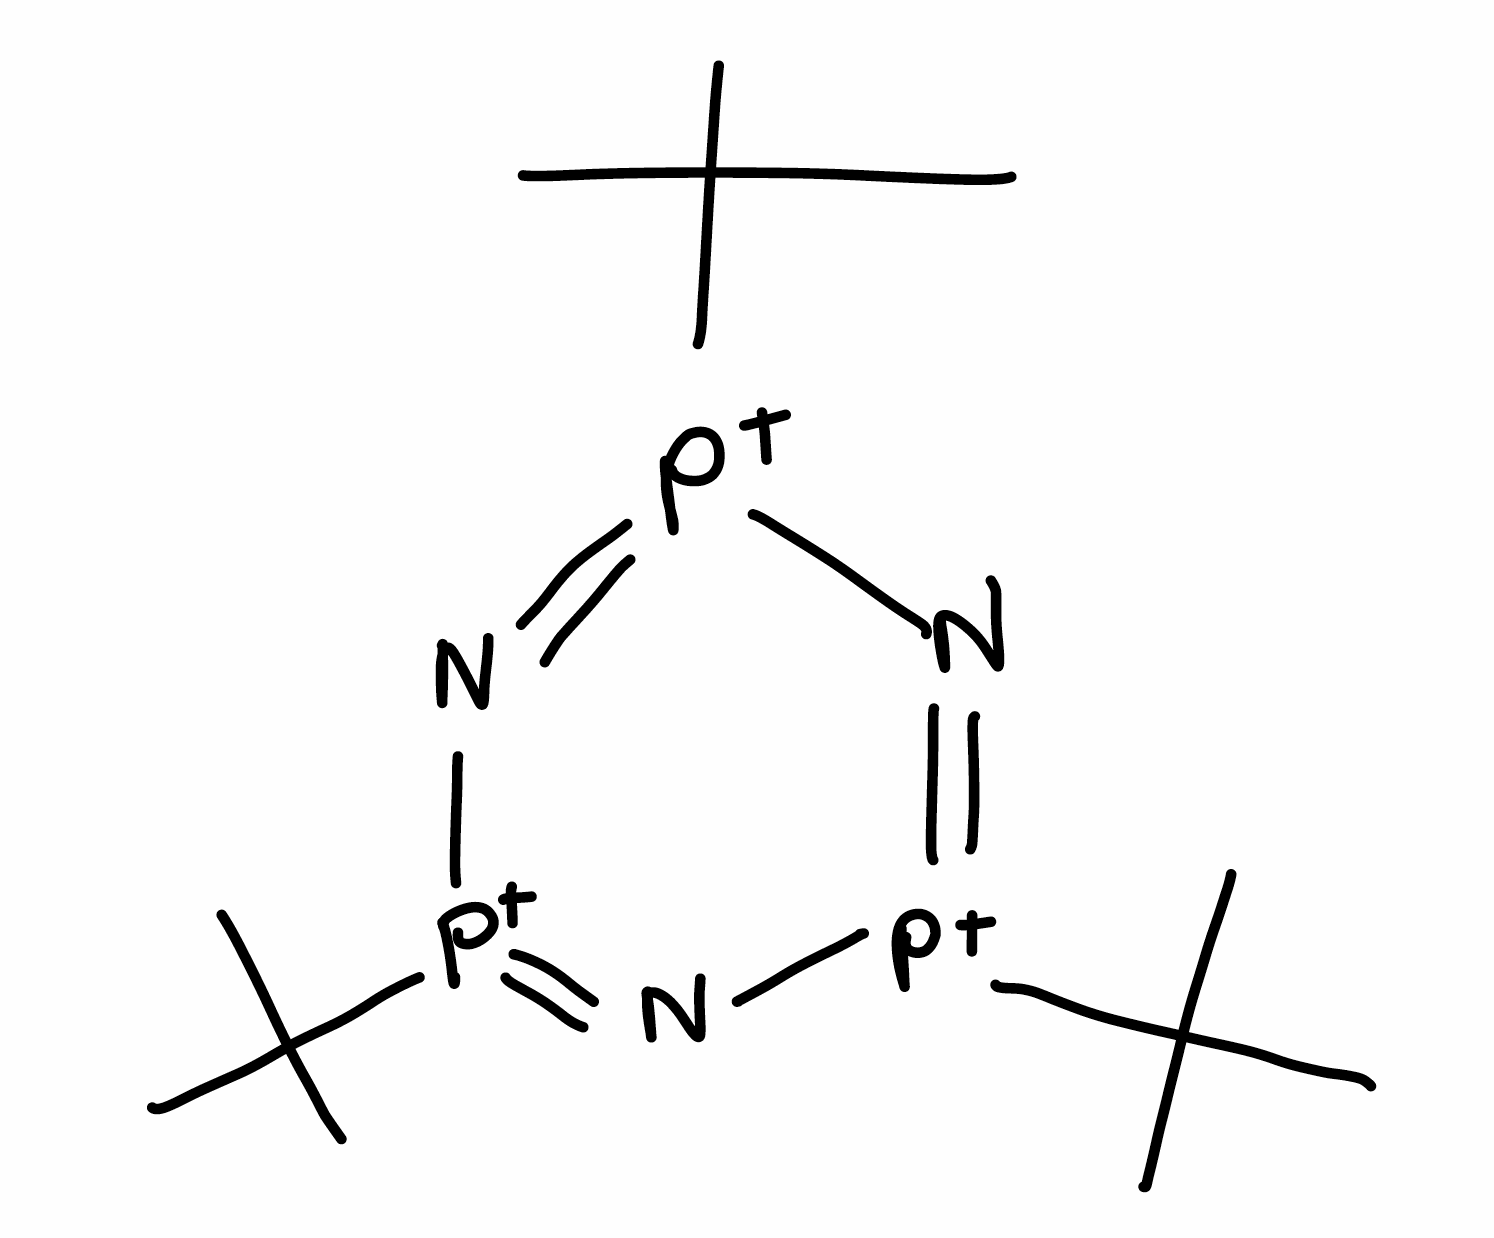
Simplified molecular-input line-entry system (SMILES) notation of the given molecule:
CC(C)(C)[P+]1=N[P+](=N[P+](=N1)C(C)(C)C)C(C)(C)C